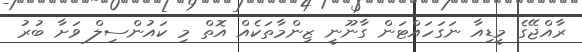
ރާއްޖޭގެ މީޑިއާ ނަގަހައްޓަން ގާނޫނީ ޒިންމާތަކެއް އޮތް މި ކައުންސިލް ވަށާ ބުރު